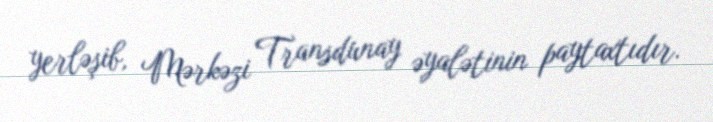
yerləşib, Mərkəzi Transdunay əyalətinin paytaxtıdır.